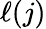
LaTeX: \ell(j)